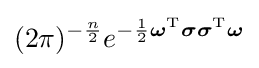
(2\pi )^{-{\frac {n}{2}}}e^{-{\frac {1}{2}}{\boldsymbol {\omega }}^{\mathrm {T} }{\boldsymbol {\sigma }}{\boldsymbol {\sigma }}^{\mathrm {T} }{\boldsymbol {\omega }}}